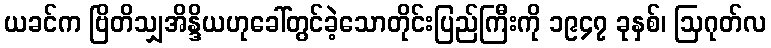
ယခင်က ဗြိတိသျှအိန္ဒိယဟုခေါ်တွင်ခဲ့သောတိုင်းပြည်ကြီးကို ၁၉၄၇ ခုနှစ်၊ ဩဂုတ်လ